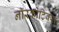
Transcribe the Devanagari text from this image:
नॉरकोटिक्स